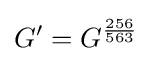
G'=G^{\frac {256}{563}}